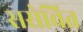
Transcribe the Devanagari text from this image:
ससेचित